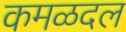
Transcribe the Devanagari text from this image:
कमळदल